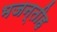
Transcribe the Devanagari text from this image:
भजन्तीह